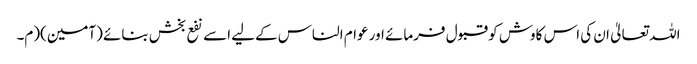
اللہ تعالیٰ ان کی اس کاوش کو قبول فرمائے اور عوام الناس کےلیے اسے نفع بخش بنائے (آمین)(م۔